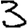
Digit: 3